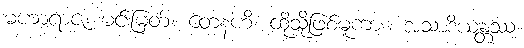
မဟာရာဇ၊ မင်းမြတ်။ တေနဟိ၊ ထိုသို့ဖြစ်မူကား။ အသာဒိယန္တဿ၊